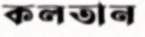
কলতান